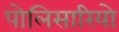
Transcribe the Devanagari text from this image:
पोलिसारियो